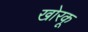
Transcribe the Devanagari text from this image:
खोरकू